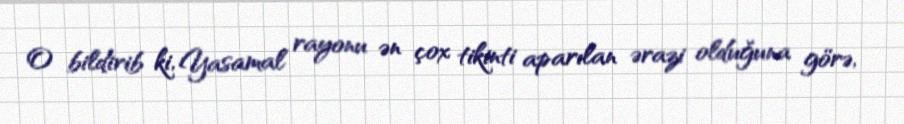
O bildirib ki, Yasamal rayonu ən çox tikinti aparılan ərazi olduğuna görə,